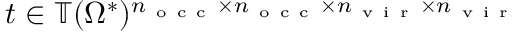
t \in \mathbb { T } ( \Omega ^ { * } ) ^ { n _ { \mathrm { ~ o ~ c ~ c ~ } } \times n _ { \mathrm { ~ o ~ c ~ c ~ } } \times n _ { \mathrm { ~ v ~ i ~ r ~ } } \times n _ { \mathrm { ~ v ~ i ~ r ~ } } }